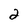
Character: 2